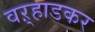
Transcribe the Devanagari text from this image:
वऱ्हाडकर